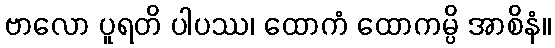
ဗာလော ပူရတိ ပါပဿ၊ ထောကံ ထောကမ္ပိ အာစိနံ။